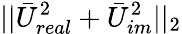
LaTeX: ||\bar{U}_{real}^{2}+\bar{U}_{im}^{2}||_{2}